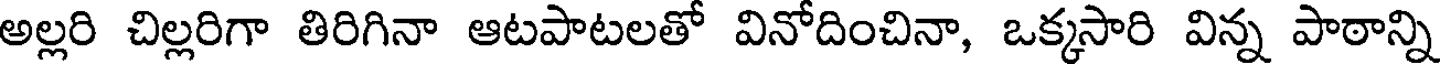
అల్లరి చిల్లరిగా తిరిగినా ఆటపాటలతో వినోదించినా, ఒక్కసారి విన్న పాఠాన్ని